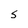
Character: S